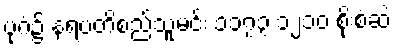
ပုဂံ၌ နရပတိစည်သူမင်း ၁၁၇၃ ၁၂၁၀ စိုးစံဆဲ